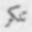
تنكر